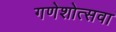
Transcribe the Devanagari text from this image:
गणेशोत्सवा